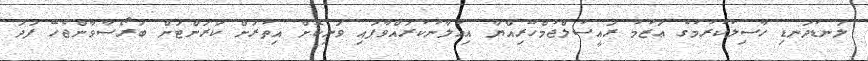
ލަނޑުދަނޑި ހާސިލުކުރުމުގެ ޢަޒުމު ރައީސުލްޖުމްހޫރިއްޔާ އިޢުލާނުކުރައްވާފައި ވަނިކޮށް އިތުރަށް ކަރަންޓަށް ބަރޯސާވާންޖެހޭ ފަދަ